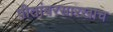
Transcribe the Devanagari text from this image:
पीतांबरसारखाच